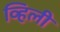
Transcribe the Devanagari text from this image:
व्हिली